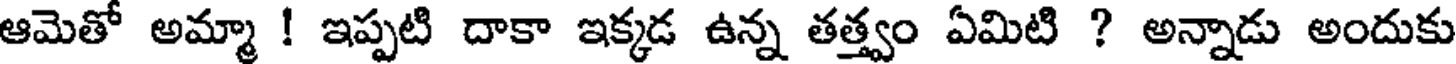
ఆమెతో అమ్మా ! ఇప్పటి దాకా ఇక్కడ ఉన్న తత్త్వం ఏమిటి ? అన్నాడు అందుకు